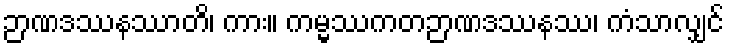
ဉာဏဒဿနဿာတိ၊ ကား။ ကမ္မဿကတဉာဏဒဿနဿ၊ ကံသာလျှင်